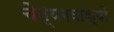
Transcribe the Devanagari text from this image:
चैत्यगवाक्षों